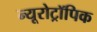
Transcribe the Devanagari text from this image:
न्यूरोट्रॉपिक